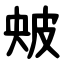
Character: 㿮